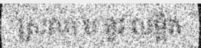
ស្រលា ប នូវ លម្អិត